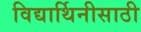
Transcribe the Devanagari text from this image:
विद्यार्थिनीसाठी